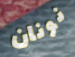
نونان